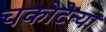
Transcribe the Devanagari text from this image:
चकोटेत्या